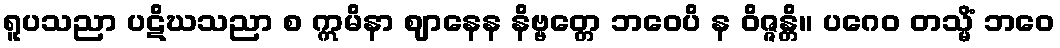
ရူပသညာ ပဋိဃသညာ စ ဣမိနာ ဈာနေန နိဗ္ဗတ္တေ ဘဝေပိ န ဝိဇ္ဇန္တိ။ ပဂေဝ တသ္မိံ ဘဝေ